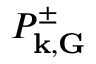
P _ { { \bf k } , { \bf G } } ^ { \pm }